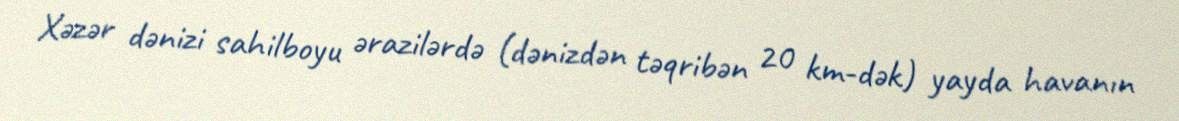
Xəzər dənizi sahilboyu ərazilərdə (dənizdən təqribən 20 km-dək) yayda havanın